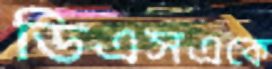
ডিএসএকে